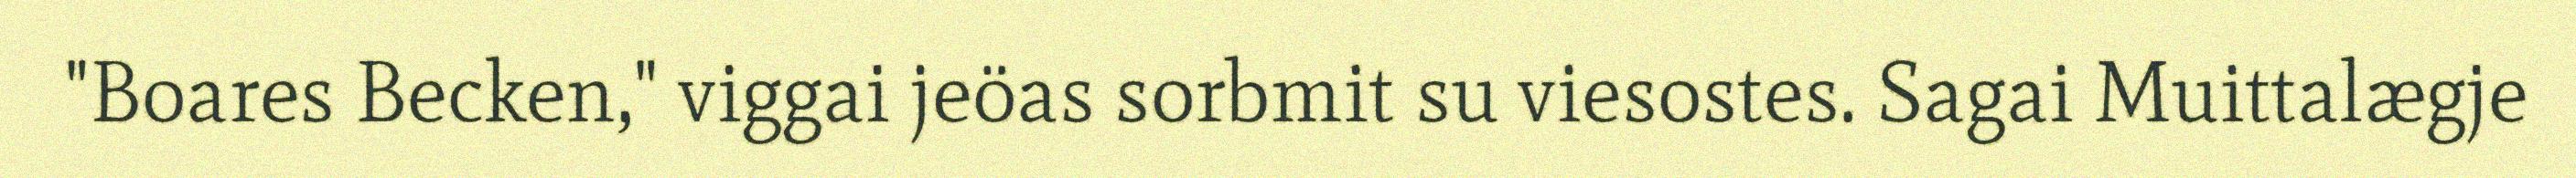
"Boares Becken," viggai jeöas sorbmit su viesostes. Sagai Muittalægje